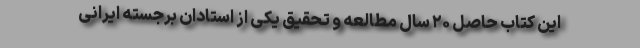
این کتاب حاصل ۲۰ سال مطالعه و تحقیق یکی از استادان برجستهٔ ایرانی